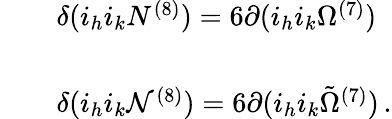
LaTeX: \begin{array}{rcl}{{}}&{{}}&{{\delta(i_{h}i_{k}N^{(8)})=6\partial(i_{h}i_{k}\Omega^{(7)})}}\\ {{}}&{{}}&{{}}\\ {{}}&{{}}&{{\delta(i_{h}i_{k}{\cal N}^{(8)})=6\partial(i_{h}i_{k}{\tilde{\Omega}}^{(7)})\, .}}\end{array}